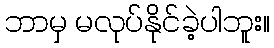
ဘာမှ မလုပ်နိုင်ခဲ့ပါဘူး။